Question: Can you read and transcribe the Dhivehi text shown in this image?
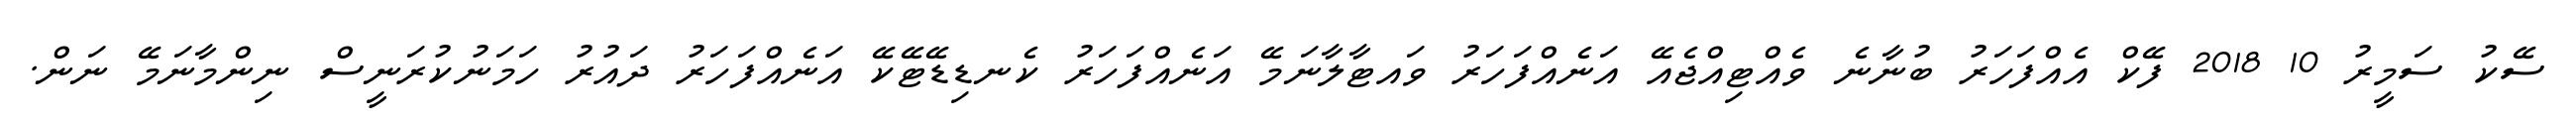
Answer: ސޭކު ސަމީރު 10 2018 ފޭކް އެއްފަހަރު ބުނާނެ ވެއްޓިއްޖެއޭ އަނެއްފަހަރު ވައޓާލާނަމޭ އަނެއްފަހަރު ކެނޑިޑޭޓޭކޭ އަނެއްފަހަރު ދައުރު ހަމަނުކުރަނީސް ނިންމާނަމޭ ނަން.